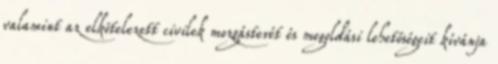
valamint az elkötelezett civilek mozgásterét és megoldási lehetőségeit kívánja